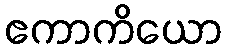
ဧကာကိယော